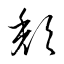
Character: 頽